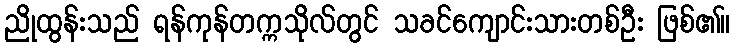
ညိုထွန်းသည် ရန်ကုန်တက္ကသိုလ်တွင် သခင်ကျောင်းသားတစ်ဦး ဖြစ်၏။